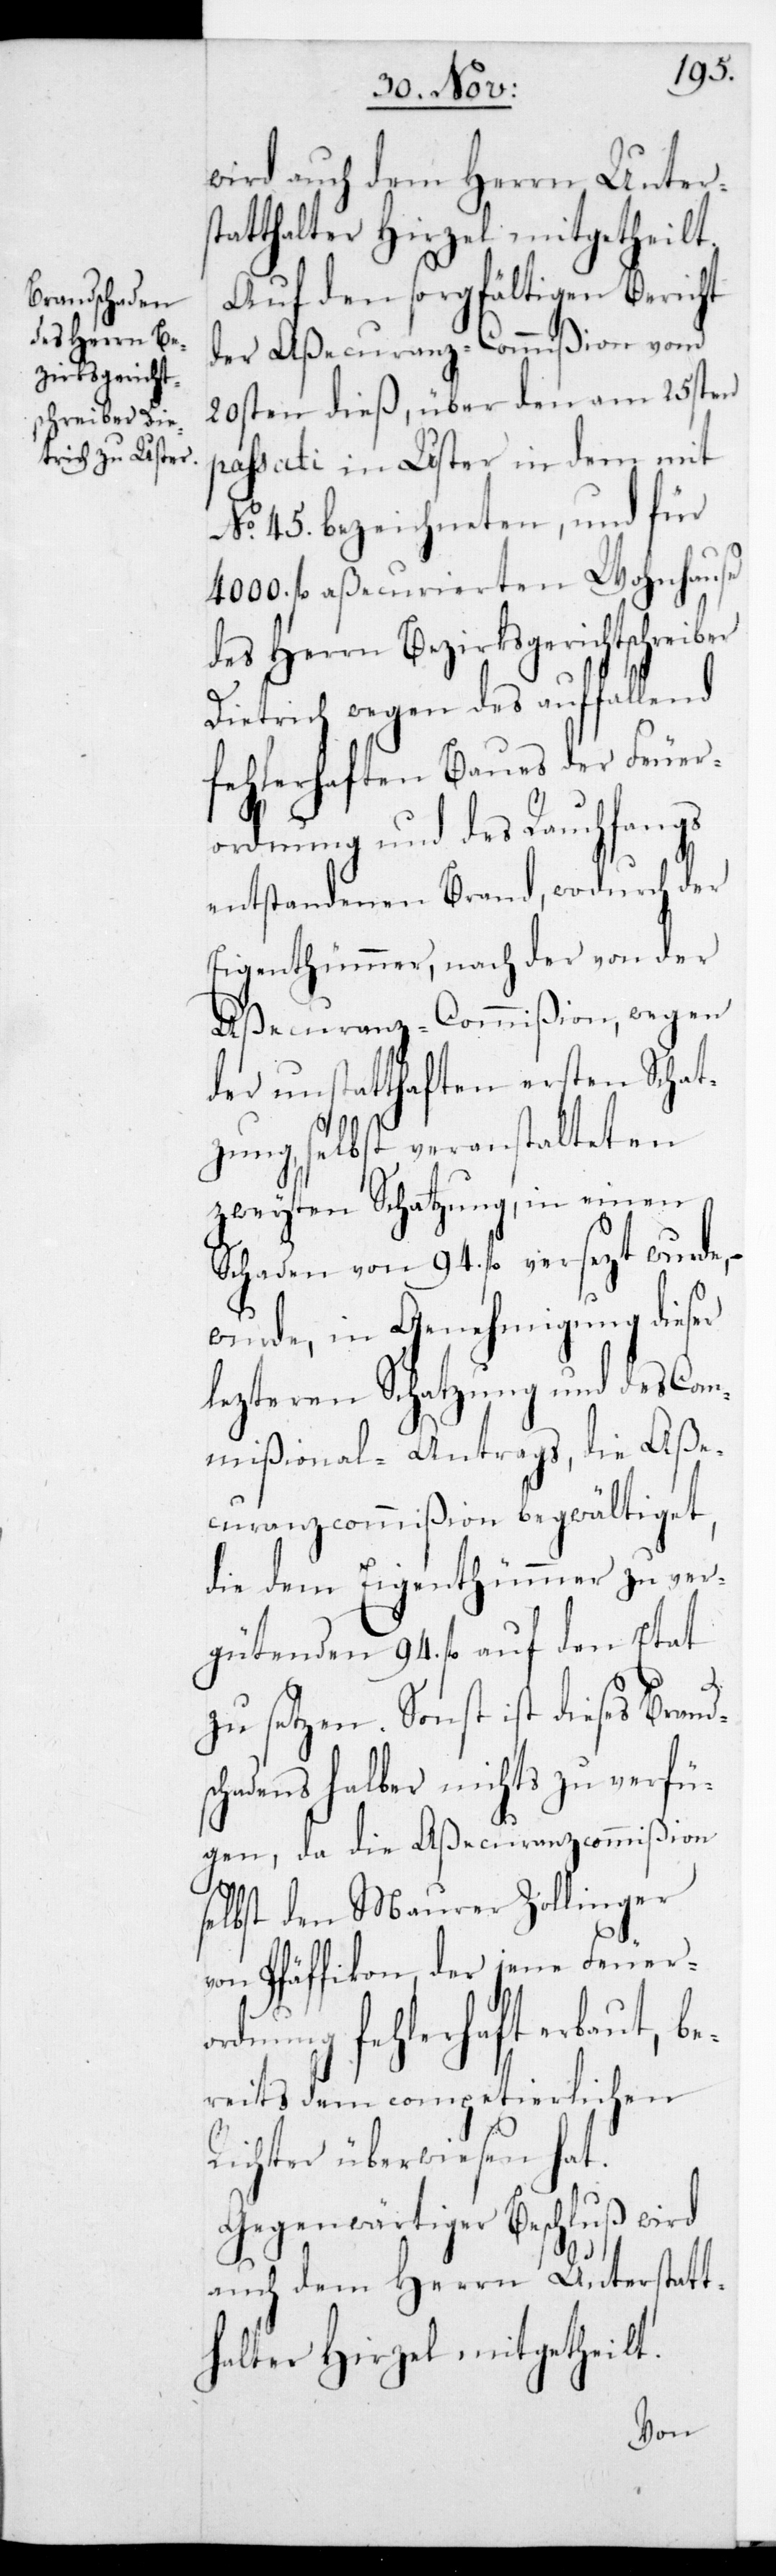
des Herrn Be¬
zirksgericht¬
schreiber

wird auch dem Herrn Unters¬
tatthalter Hirzel mitgetheilt.
Auf den sorgfältigen Bericht
der Aßecuranz-Commißion vom
20sten dieß, über den am 25sten
passati in Uster in dem mit
No 45. bezeichneten, und für
4000. fl. aßecurierten Wohnhause
Dietrich wegen des auffallend
fehlerhaften Baues der Feuer¬
ordnung und des Rauchfangs
entstandenen Brand, wodurch der
Eigenthümer, nach der von der
Aßecuranz-Commißion, wegen
der unstatthaften ersten Schat¬
zung, selbst veranstalteten
zweyten Schatzung, in einen
Schaden von 94. fl. versetzt wurde, –
wurde in Genehmigung dieser
lezteren Schatzung und des Com¬
mißional-Antrags, die Aße¬
curanz-Commißion begwältiget,
die dem Eigenthümer zu ver¬
gütenden 94. fl. auf den Etat
zu setzen. Sonst ist dieses Brand¬
schadens halber nichts zu verfü¬
gen, da die Aßecuranz-Commißion
selbst den Maurer Zollinger
von Pfäffikon, der jene Feuero¬
rdnung fehlerhaft erbaut, b¬
ereits dem competierlichen
Richter überwiesen hat.
Gegenwärtiger Beschluß wird
auch dem Herrn Unterstatt¬
halter Hirzel mitgetheilt.